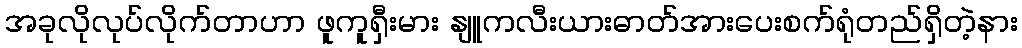
အခုလိုလုပ်လိုက်တာဟာ ဖူကူရှီးမား နျူကလီးယားဓာတ်အားပေးစက်ရုံတည်ရှိတဲ့နား